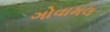
ગોવામલ